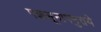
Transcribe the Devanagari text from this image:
पञ्चसूनापनुत्तये